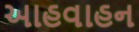
આહવાહન